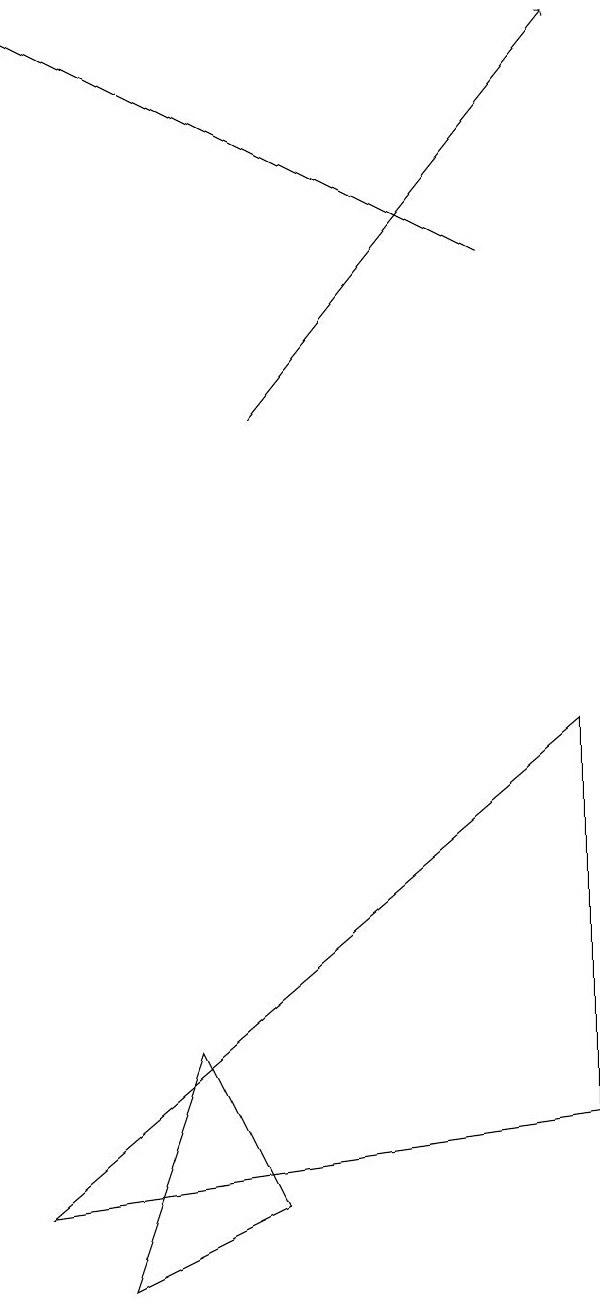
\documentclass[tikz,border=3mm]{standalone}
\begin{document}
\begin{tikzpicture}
\draw (7,7) -- (7,2) -- (0,1) -- cycle;
\draw[->] (3,11) -- (7,16);
\draw[->] (6,13) -- (0,16);
\draw (2,3) -- (1,0) -- (3,1) -- cycle;
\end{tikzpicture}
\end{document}